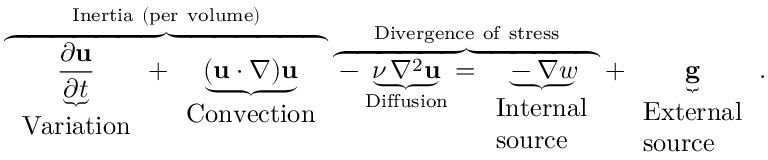
\overbrace { \underbrace { \frac { \partial \mathbf { u } } { \partial t } } _ { \begin{array} { l } { { \mathrm { V a r i a t i o n } } } \end{array} } + \underbrace { ( \mathbf { u } \cdot \nabla ) \mathbf { u } } _ { \begin{array} { l } { { \mathrm { C o n v e c t i o n } } } \end{array} } } ^ { \mathrm { I n e r t i a ~ ( p e r ~ v o l u m e ) } } \overbrace { - \underbrace { \nu \, \nabla ^ { 2 } \mathbf { u } } _ { \mathrm { D i f f u s i o n } } = \underbrace { - \nabla w } _ { \begin{array} { l } { { \mathrm { I n t e r n a l } } } \\ { { \mathrm { s o u r c e } } } \end{array} } } ^ { \mathrm { D i v e r g e n c e ~ o f ~ s t r e s s } } + \underbrace { \mathbf { g } } _ { \begin{array} { l } { { \mathrm { E x t e r n a l } } } \\ { { \mathrm { s o u r c e } } } \end{array} } .